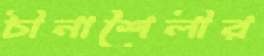
চীনাশৈলীর